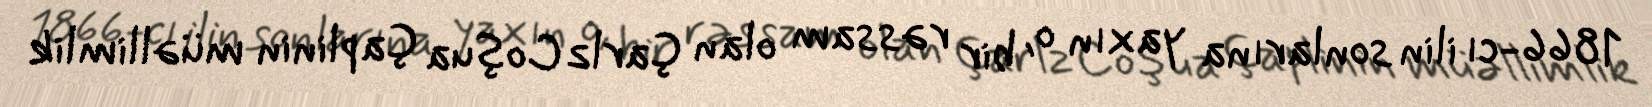
1866-cı ilin sonlarına yaxın o, bir rəssam olan Çarlz Coşua Çaplinin müəllimlik